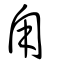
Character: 甪